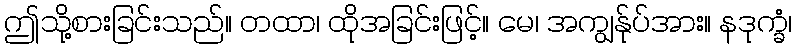
ဤသို့စားခြင်းသည်။ တထာ၊ ထိုအခြင်းဖြင့်။ မေ၊ အကျွန်ုပ်အား။ နဒုက္ခံ၊